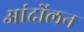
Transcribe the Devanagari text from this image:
आंदोंलन